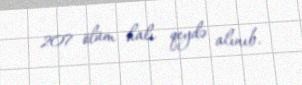
207 ölüm halı qeydə alınıb.